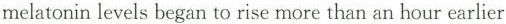
melatonin levels began to rise more than an hour earlier